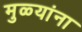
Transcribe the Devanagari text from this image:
मुळ्यांना